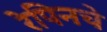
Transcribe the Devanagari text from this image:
रेपिनचे